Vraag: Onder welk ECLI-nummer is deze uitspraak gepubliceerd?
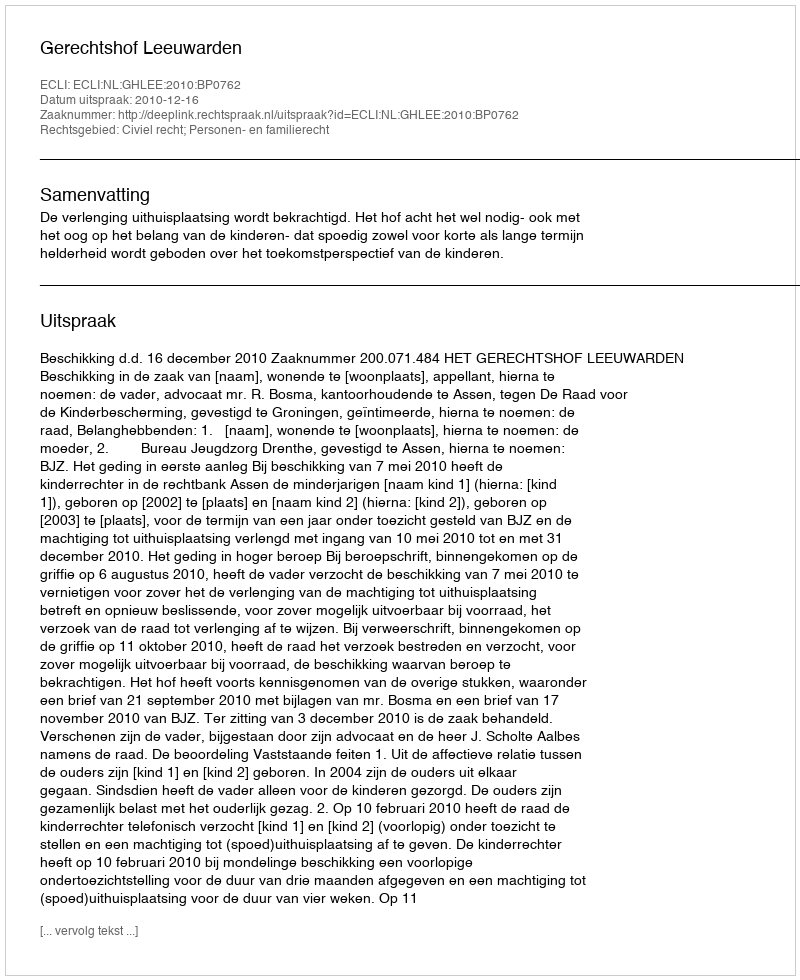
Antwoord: ECLI:NL:GHLEE:2010:BP0762